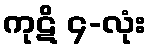
ကုဋိ ၄-လုံး